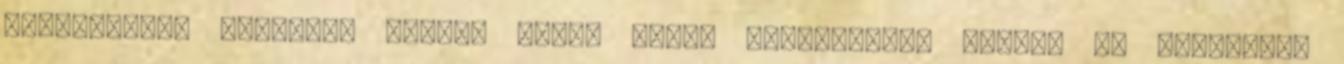
beruházásba kezdeni, amihez 0%-os nettó kamatszintű hitelt is kaphatunk